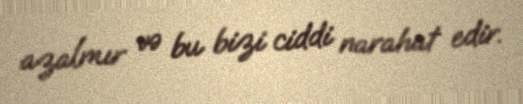
azalmır və bu bizi ciddi narahat edir.